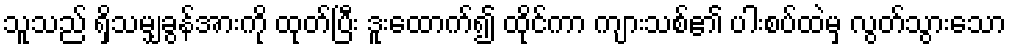
သူသည် ရှိသမျှခွန်အားကို ထုတ်ပြီး ဒူးထောက်၍ ထိုင်ကာ ကျားသစ်၏ ပါးစပ်ထဲမှ လွတ်သွားသော